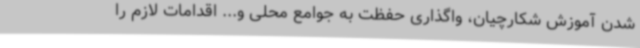
شدن آموزش شکارچیان، واگذاری حفظت به جوامع محلی و... اقدامات لازم را